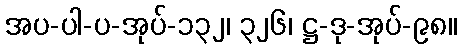
အပ-ပါ-ပ-အုပ်-၁၃၂၊ ၃၂၆၊ ဋ္ဌ-ဒု-အုပ်-၉၈။